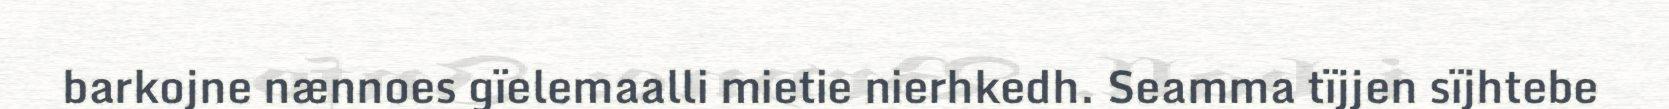
barkojne nænnoes gïelemaalli mietie nierhkedh. Seamma tïjjen sïjhtebe